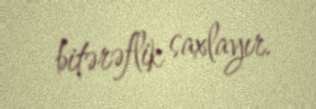
bitərəflik saxlayır.